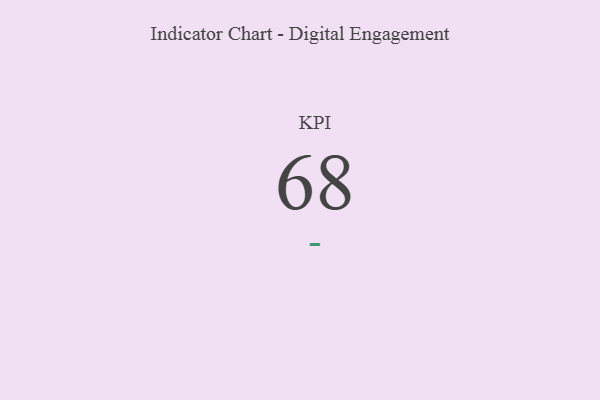
{"axis": {"x": "KPI", "y": "Value"}, "legend": [""], "data": [{"x": "KPI", "y": 68, "type": ""}]}